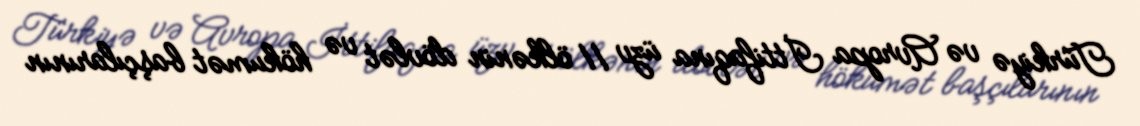
Türkiyə və Avropa İttifaqına üzv 11 ölkənin dövlət və hökumət başçılarının